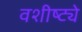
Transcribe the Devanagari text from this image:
वशीष्ट्ये